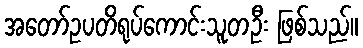
အတော်ဥပတိရုပ်ကောင်းသူတဦး ဖြစ်သည်။